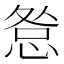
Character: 𢛃